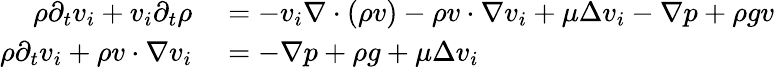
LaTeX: \begin{array}{rl}{\rho\partial_{t}v_{i}+v_{i}\partial_{t}\rho}&{{}=-v_{i}\nabla\cdot(\rho v)-\rho v\cdot\nabla v_{i}+\mu\Delta v_{i}-\nabla p+\rho gv}\\ {\rho\partial_{t}v_{i}+\rho v\cdot\nabla v_{i}}&{{}=-\nabla p+\rho g+\mu\Delta v_{i}}\end{array}